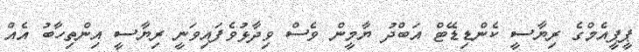
ޕީޕީއެމްގެ ރިޔާސީ ކެންޑިޑޭޓް އަބްދު ޔާމީން ވެސް ވިދާޅުވެފައިވަނީ ރިޔާސީ އިންތިހާބު އެއް